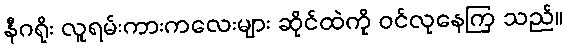
နီဂရိုး လူရမ်းကားကလေးများ ဆိုင်ထဲကို ဝင်လုနေကြ သည်။